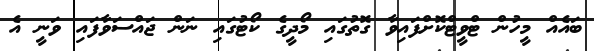
ބައެއް މީހުން ޓްވީޓްކޮށްފައިވާ ގޮތުގައި މޯދީގެ ކޯޓުގައި ނަން ޖައްސަވާފައި ވަނީ އެ